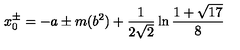
x _ { 0 } ^ { \pm } = - a \pm m ( b ^ { 2 } ) + \frac { 1 } { 2 \sqrt { 2 } } \ln \frac { 1 + \sqrt { 1 7 } } { 8 }